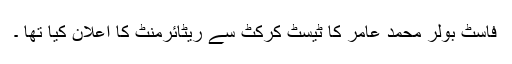
فاسٹ بولر محمد عامر کا ٹیسٹ کرکٹ سے ریٹائرمنٹ کا اعلان کیا تھا ۔